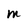
Character: M